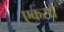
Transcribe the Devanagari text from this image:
एकसाँ